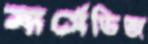
মার্সেডিজ